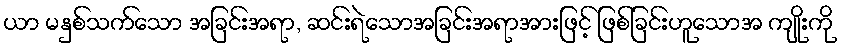
ယာ မနှစ်သက်သော အခြင်းအရာ, ဆင်းရဲသောအခြင်းအရာအားဖြင့် ဖြစ်ခြင်းဟူသောအ ကျိုးကို